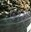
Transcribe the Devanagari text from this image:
७१वें